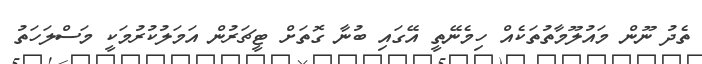
ތެދު ނޫން މައުލޫމާތުތަކެއް ހިމެނޭތީ އޭގައި ބުނާ ގޮތަށް ޓީޗަރުން އަމަލުކުރުމަކީ މަަސްލަހަތު